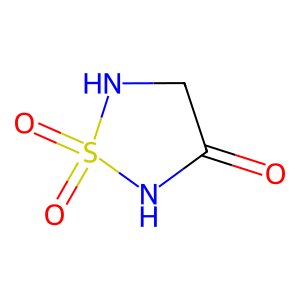
SMILES: O=C1CNS(=O)(=O)N1
Inhibits HIV replication: No